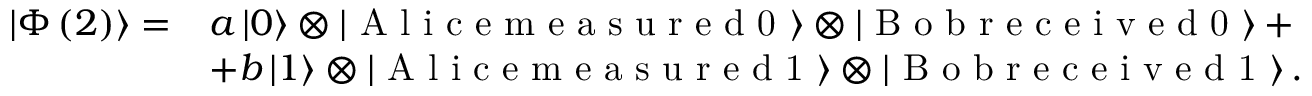
\begin{array} { r l } { \left| \Phi \left( 2 \right) \right\rangle = } & { a \left| 0 \right\rangle \otimes \left| \textrm { A l i c e m e a s u r e d 0 } \right\rangle \otimes \left| \textrm { B o b r e c e i v e d 0 } \right\rangle + } \\ & { + b \left| 1 \right\rangle \otimes \left| \textrm { A l i c e m e a s u r e d 1 } \right\rangle \otimes \left| \textrm { B o b r e c e i v e d 1 } \right\rangle . } \end{array}